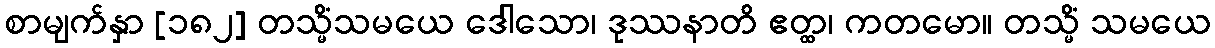
စာမျက်နှာ [၁၈၂] တသ္မိံသမယေ ဒေါသော၊ ဒုဿနာတိ ဧတ္ထ၊ ကတမော။ တသ္မိံ သမယေ